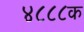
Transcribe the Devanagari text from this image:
४८८८क